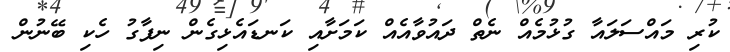
ކުރި މައްސަލައާ ގުޅުމެއް ނެތް ދައުވާއެއް ކަމަށާއި ކަނޑައެޅިގެން ނިފާގު ހެކި ބޭނުން